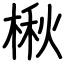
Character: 楸